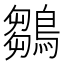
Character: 鶵